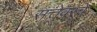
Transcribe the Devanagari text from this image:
सत्तेवरचे